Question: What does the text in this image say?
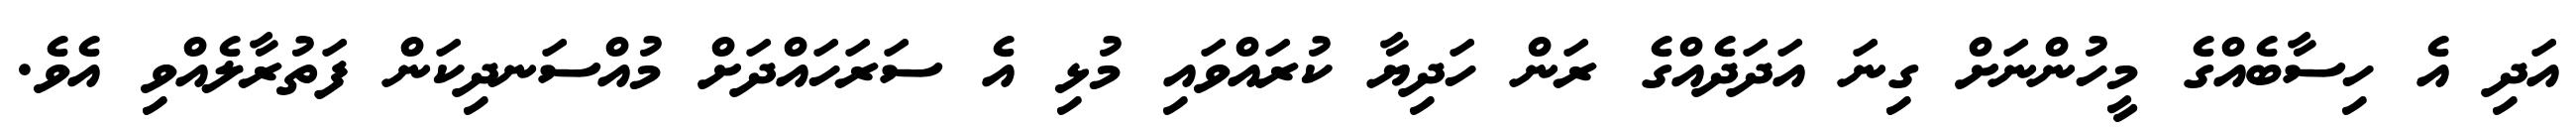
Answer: އަދި އެ ހިސާބެއްގެ މީހުންނަށް ގިނަ އަދަދެއްގެ ރަން ހަދިޔާ ކުރައްވައި މުޅި އެ ސަރަހައްދަށް މުއްސަނދިކަން ފަތުރާލެއްވި އެވެ.